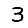
Digit: 3